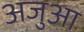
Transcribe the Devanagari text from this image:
अजुआ